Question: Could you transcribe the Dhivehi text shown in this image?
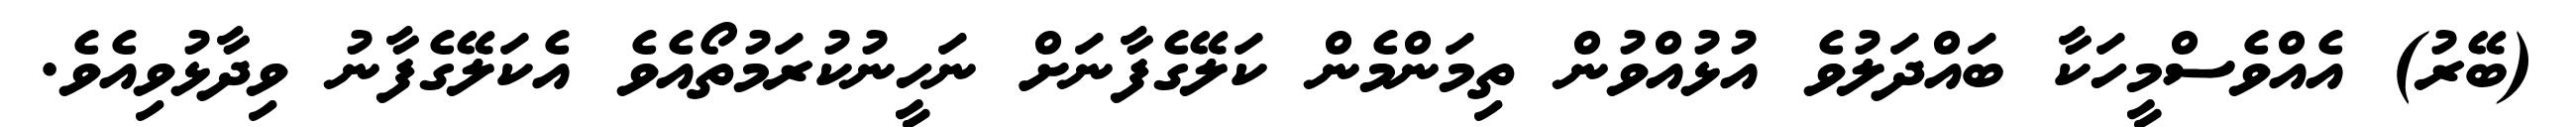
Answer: (ބޭރު) އެއްވެސްމީހަކާ ބައްދަލުވެ އުޅުއްވުން ތިމަންމެން ކަލޭގެފާނަށް ނަހީނުކުރަމުތޯއެވެ އެކަލޭގެފާނު ވިދާޅުވިއެވެ.